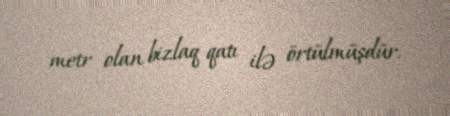
metr olan bizlaq qatı ilə örtülmüşdür.